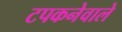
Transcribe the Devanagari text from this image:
टपकनेवाले